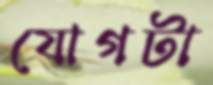
যোগটা